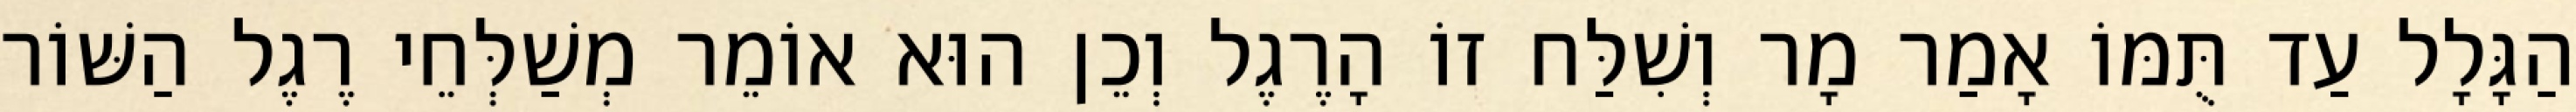
הַגָּלָל עַד תֻּמּוֹ אָמַר מָר וְשִׁלַּח זוֹ הָרֶגֶל וְכֵן הוּא אוֹמֵר מְשַׁלְּחֵי רֶגֶל הַשּׁוֹר